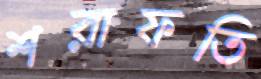
শরাফতি